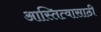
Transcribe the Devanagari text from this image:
आस्तित्वासाठी